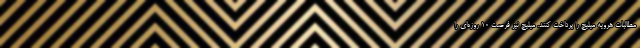
مطالبات هرویه میلیچ‌ را پرداخت کنند. میلیچ‌ نیز فرصت ۱۰ روزه‌ای را